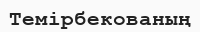
Темірбекованың